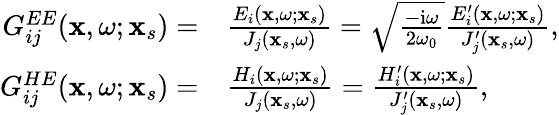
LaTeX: \begin{array}{rl}{G_{ij}^{EE}(\mathbf{x},\omega;\mathbf{x}_{s})=}&{{}\frac{E_{i}(\mathbf{x},\omega;\mathbf{x}_{s})}{J_{j}(\mathbf{x}_{s},\omega)}=\sqrt{\frac{-\mathrm{i}\omega}{2\omega_{0}}}\frac{E_{i}^{\prime}(\mathbf{x},\omega;\mathbf{x}_{s})}{J_{j}^{\prime}(\mathbf{x}_{s},\omega)},}\\ {G_{ij}^{HE}(\mathbf{x},\omega;\mathbf{x}_{s})=}&{{}\frac{H_{i}(\mathbf{x},\omega;\mathbf{x}_{s})}{J_{j}(\mathbf{x}_{s},\omega)}=\frac{H_{i}^{\prime}(\mathbf{x},\omega;\mathbf{x}_{s})}{J_{j}^{\prime}(\mathbf{x}_{s},\omega)},}\end{array}